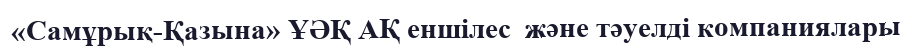
«Самұрық-Қазына» ҰӘҚ АҚ еншілес  және тәуелді компаниялары